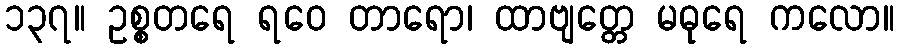
၁၃၇။ ဥစ္စတရေ ရဝေ တာရော၊ ထာဗျတ္တေ မဓုရေ ကလော။